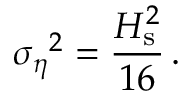
{ \sigma _ { \eta } } ^ { 2 } = \frac { H _ { \mathrm { s } } ^ { 2 } } { 1 6 } \, .